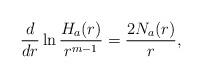
LaTeX: \begin{align*}\frac{d}{dr} \ln \frac{H_a(r)}{r^{m-1}} = \frac{2N_a(r)}{r},\end{align*}